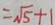
= \sqrt { 5 } + 1